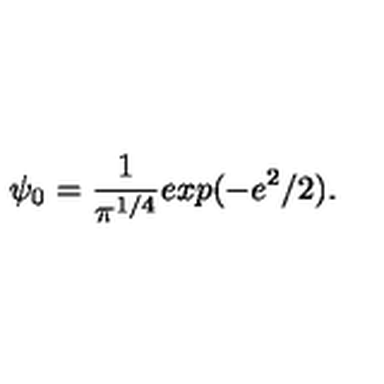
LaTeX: \psi _ { 0 } = \frac { 1 } { \pi ^ { 1 / 4 } } e x p ( - e ^ { 2 } / 2 ) .